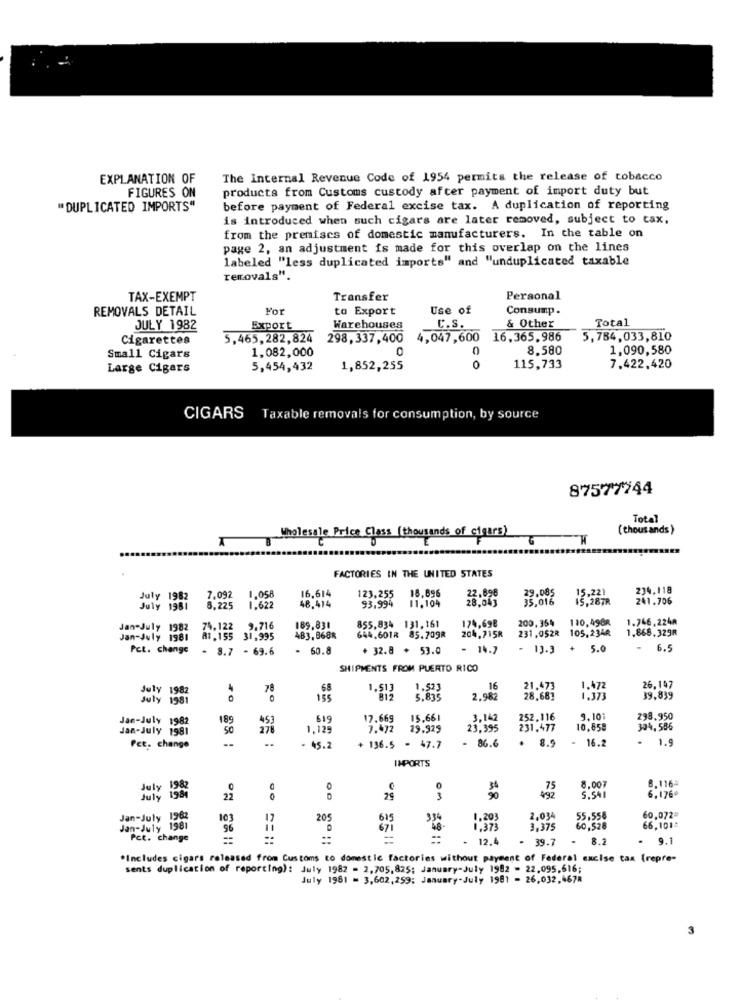
EXPLANATION OF
The Internal Revenue Code of 1954 permits the release of tobacco
FIGURES ON
products from Customs custody after payment of import duty but
"DUPLICATED IMPORTS"
before payment of Federal excise tax. A duplication of reporting
is introduced when such cigars are later removed, subject to tax,
from the premises of domestic manufacturers. In the table on
page 2, an adjustment is made for this overlap on the lines
labeled "less duplicated imports" and "unduplicated taxable
removals".
TAX-EXEMPT
Transfer
Personal
REMOVALS DETAIL
For
to Export
Use of
Consump.
Total
JULY 1982
Export
Warehouses
& Other
Cigarettes
5,465,282,824
298, 337,400
4,047,600 16,365.986
5,784,033,810
1,082,000
0
8.580
1,090,580
Small Cigars
Large Cigars
5,454,432
1,852,255
0
115,733
7,422,420
CIGARS Taxable removals for consumption, by source
87577744
Total
( thous ands )
1 7 Wholesale Price Class (thousands of cigars)
FACTORIES IN THE UNITED STATES
16,614
234,118
July 1982
7,092
1.058
48.414
123.255
18,696
11.104
29.085
35,016
15.221
241.706
July 1981
8,225
1.622
110,498R
1.746,224₪
Jan-July 1982 74,122 9.716
74,122
9.716
189,831
855,834 131,161
174,698
200,354
105,234R
1.868.329R
Jan-July 1981
81.155 31,995
483,8688
644,601R 85.709R
204.2158
231,052R
Pct. change
- 8.7
- 69.6
- 60.8
+ 32.8 . 53.0
- 14.7
.
13.3
+
5.0
6.5
SHIPMENTS FROM PUERTO RICO
July 1982
4
1.513
1.523
16
21.473
1.472
26,147
July 1981
155
5.835
2.982
28.681
39.839
Jan-July 1982
189
619
17.669
15.661
3,142
252.116
9,10
298.950
Jan-July 1981
50
276
1,129
7.472
29.929
23,395
231.477
10,859
304,586
--
- 86.6
.
8.9
= 16.2
16.2
.
1.9
Pct. change
- 45.2
+ 136.5 - 47.7
IMPORTS
8.00
0
0
75
8.116ª
6,176º
July 1984
22
29
Jan-July 1962
103
205
615
1.203
2,034
55,558
60,072ª
Jan-July 1981
96
671
1.373
3.375
60,526
66,1012
Pct. change
==
-
. 12.4
- 39.7
8.2
9.1
*Includes cigars released from Customs to domestic factories without payment of Federal excise tax (repro-
sents duplication of reporting): July 1982 - 2,705,825; January-July 1992 - 22.095.616;
July 1981 = 3,602,259; January-July 1981 - 26,032,4678